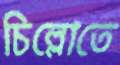
চিল্লোতে